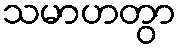
သမာဟတွာ